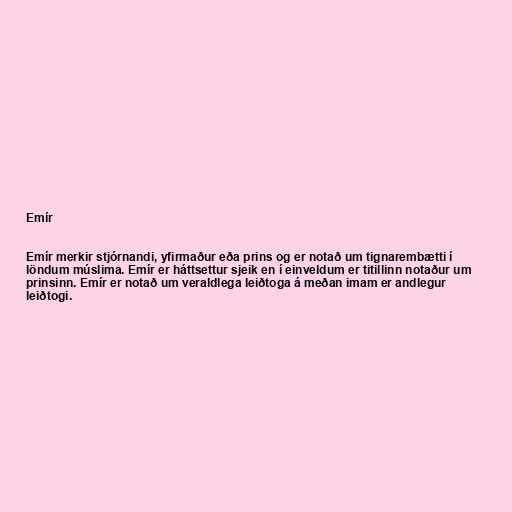
Emír

Emír merkir stjórnandi, yfirmaður eða prins og er notað um tignarembætti í
löndum múslima. Emír er háttsettur sjeik en í einveldum er titillinn notaður um
prinsinn. Emír er notað um veraldlega leiðtoga á meðan imam er andlegur
leiðtogi.